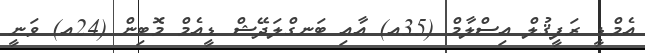
އެމްޑީ ރަފީޤުލް އިސްލާމް (35އ) އާއި ބަނގްލަދޭޝް ޑީއެމް މޮބިން (24އ) ވަނީ